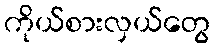
ကိုယ်စားလှယ်တွေ